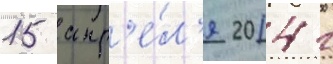
15 апр'е́л'я 2014 г